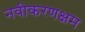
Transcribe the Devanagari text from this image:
नवीकरणक्षम